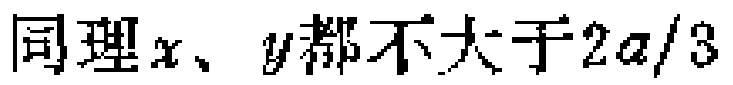
同理\(x、y\)都不大于\(2a/3\)